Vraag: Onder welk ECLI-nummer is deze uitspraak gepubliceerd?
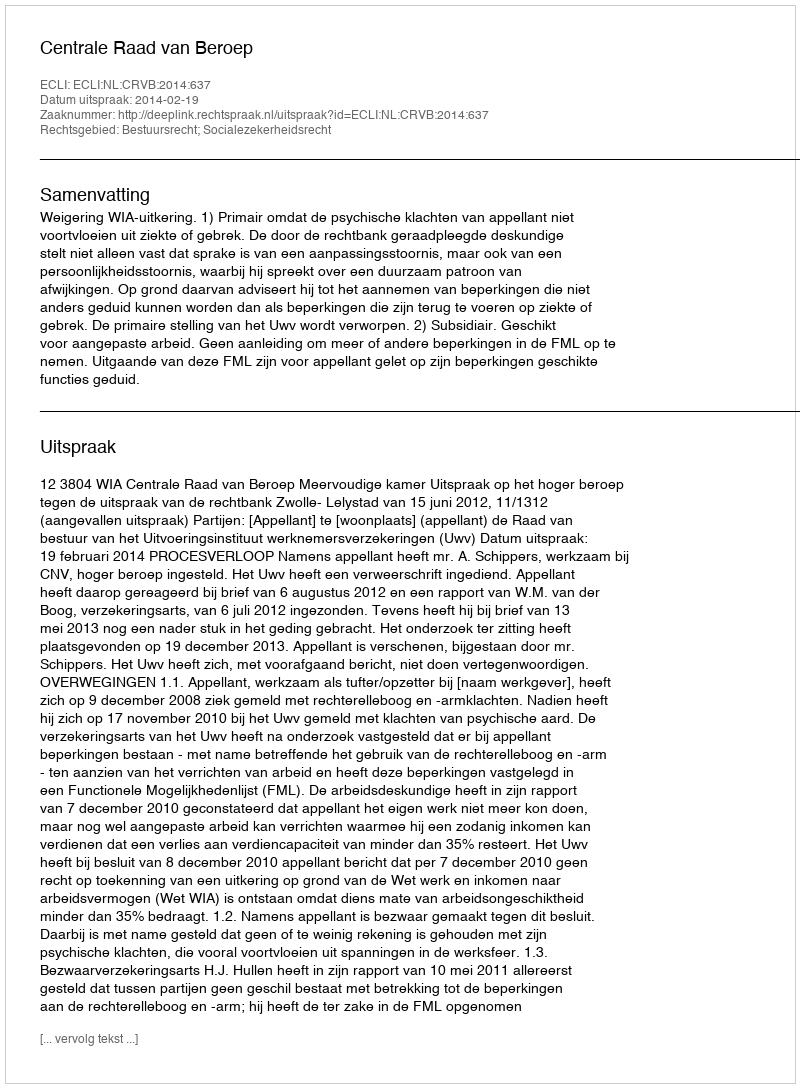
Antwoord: ECLI:NL:CRVB:2014:637